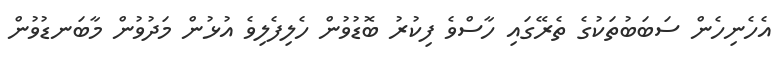
އެހެނިހެން ސަބަބުތަކުގެ ތެރޭގައި ހާސްވެ ފިކުރު ބޮޑުވުން ހެލިފެލިވެ އުޅުން މަދުވުން މާބަނޑުވުން